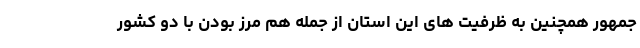
جمهور همچنین به ظرفیت های این استان از جمله هم مرز بودن با دو کشور